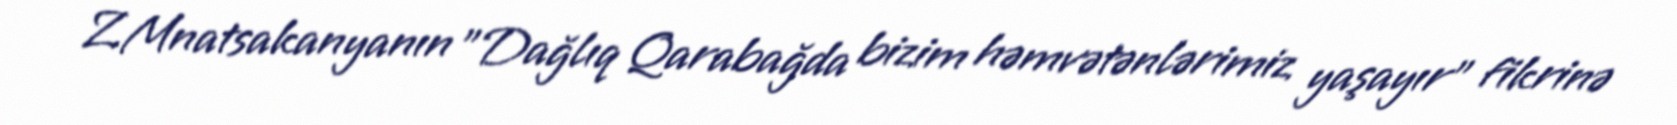
Z.Mnatsakanyanın "Dağlıq Qarabağda bizim həmvətənlərimiz yaşayır" fikrinə